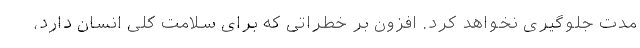
مدت جلوگیری نخواهد کرد. افزون بر خطراتی که برای سلامت کلی انسان دارد،